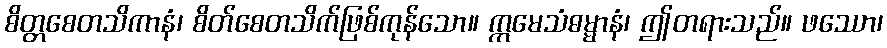
စိတ္တစေတသိကာနံ၊ စိတ်စေတသိက်ဖြစ်ကုန်သော။ ဣမေသံဓမ္မာနံ၊ ဤတရားသည်။ ဖဿော၊